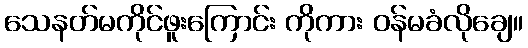
သေနတ်မကိုင်ဖူးကြောင်း ကိုကား ဝန်မခံလိုချေ။